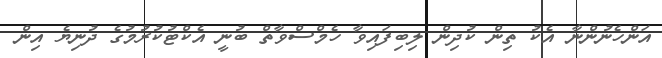
އަންހެނުންނާ އެކު ތިން ކުދިން ލިބިފައިވާ ހެމްސްވާތް ބުނީ އެކްޓުކުރުމުގެ ދުނިޔެ އިން